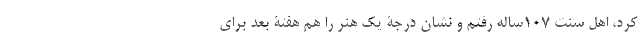
کُرد، اهل سنت ۱۰۷ساله رفتم و نشان درجۀ یک هنر را هم هفتۀ بعد برای